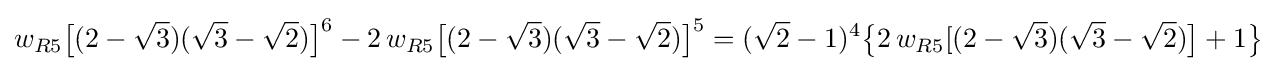
w_{R5}{\bigl [}(2-{\sqrt {3}})({\sqrt {3}}-{\sqrt {2}}){\bigr ]}^{6}-2\,w_{R5}{\bigl [}(2-{\sqrt {3}})({\sqrt {3}}-{\sqrt {2}}){\bigr ]}^{5}=({\sqrt {2}}-1)^{4}{\bigl \{}2\,w_{R5}[(2-{\sqrt {3}})({\sqrt {3}}-{\sqrt {2}}){\bigr ]}+1{\bigr \}}